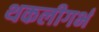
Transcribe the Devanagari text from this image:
थकलीगर्भ